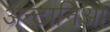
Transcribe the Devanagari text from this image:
अन्टानिओ